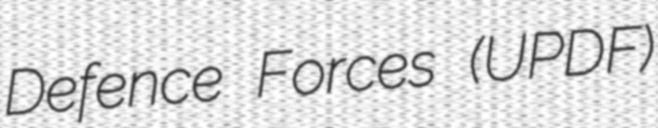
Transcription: Defence Forces (UPDF)